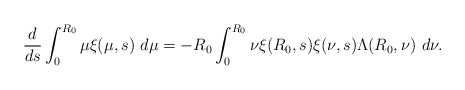
\begin{align*}\frac{d}{ds}\int_{0}^{R_{0}}\mu\xi(\mu,s)\ d\mu=-R_{0}\int_{0}^{R_{0}}\nu\xi(R_{0},s)\xi(\nu,s)\Lambda(R_{0}, \nu)\ d\nu.\end{align*}